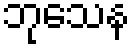
ဘုသေန